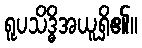
ရူပသိဒ္ဓိအယူရှိ၏။